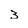
Character: 3